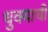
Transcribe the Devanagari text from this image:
धुक्याची